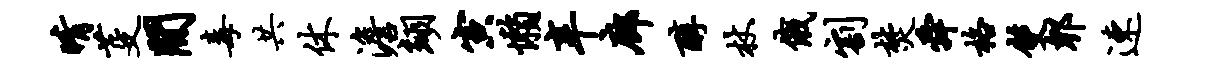
晴芟间毒共休澹翊寅懒辛廊醇杖俄割焚舜格双郫速